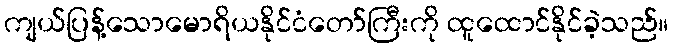
ကျယ်ပြန့်သောမောရိယနိုင်ငံတော်ကြီးကို ထူထောင်နိုင်ခဲ့သည်။